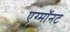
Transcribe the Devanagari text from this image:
एग्माॅनट